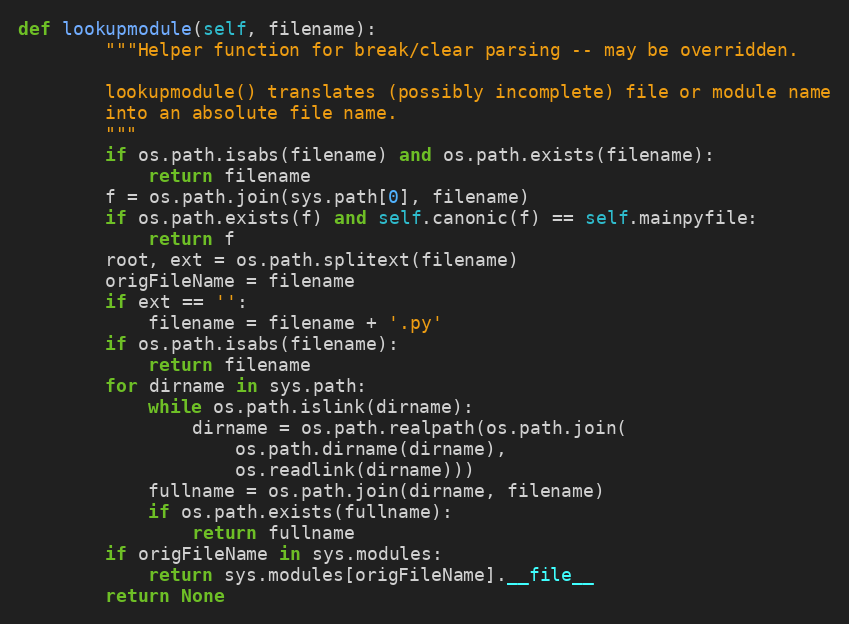
Language: Python
def lookupmodule(self, filename):
        """Helper function for break/clear parsing -- may be overridden.

        lookupmodule() translates (possibly incomplete) file or module name
        into an absolute file name.
        """
        if os.path.isabs(filename) and os.path.exists(filename):
            return filename
        f = os.path.join(sys.path[0], filename)
        if os.path.exists(f) and self.canonic(f) == self.mainpyfile:
            return f
        root, ext = os.path.splitext(filename)
        origFileName = filename
        if ext == '':
            filename = filename + '.py'
        if os.path.isabs(filename):
            return filename
        for dirname in sys.path:
            while os.path.islink(dirname):
                dirname = os.path.realpath(os.path.join(
                    os.path.dirname(dirname),
                    os.readlink(dirname)))
            fullname = os.path.join(dirname, filename)
            if os.path.exists(fullname):
                return fullname
        if origFileName in sys.modules:
            return sys.modules[origFileName].__file__
        return None